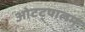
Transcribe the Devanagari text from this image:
ओटट्पालम